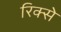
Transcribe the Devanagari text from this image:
रिक्से